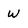
Character: W